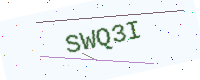
Text: SWQ3I